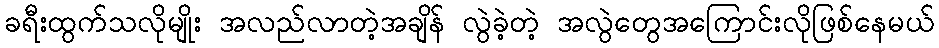
ခရီးထွက်သလိုမျိုး အလည်လာတဲ့အချိန် လွဲခဲ့တဲ့ အလွဲတွေအကြောင်းလိုဖြစ်နေမယ်